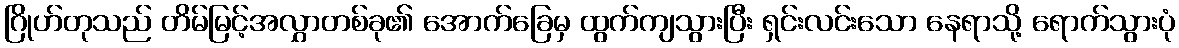
ဂြိုဟ်တုသည် တိမ်မြင့်အလွှာတစ်ခု၏ အောက်ခြေမှ ထွက်ကျသွားပြီး ရှင်းလင်းသော နေရာသို့ ရောက်သွားပုံ